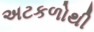
અટકળોથી